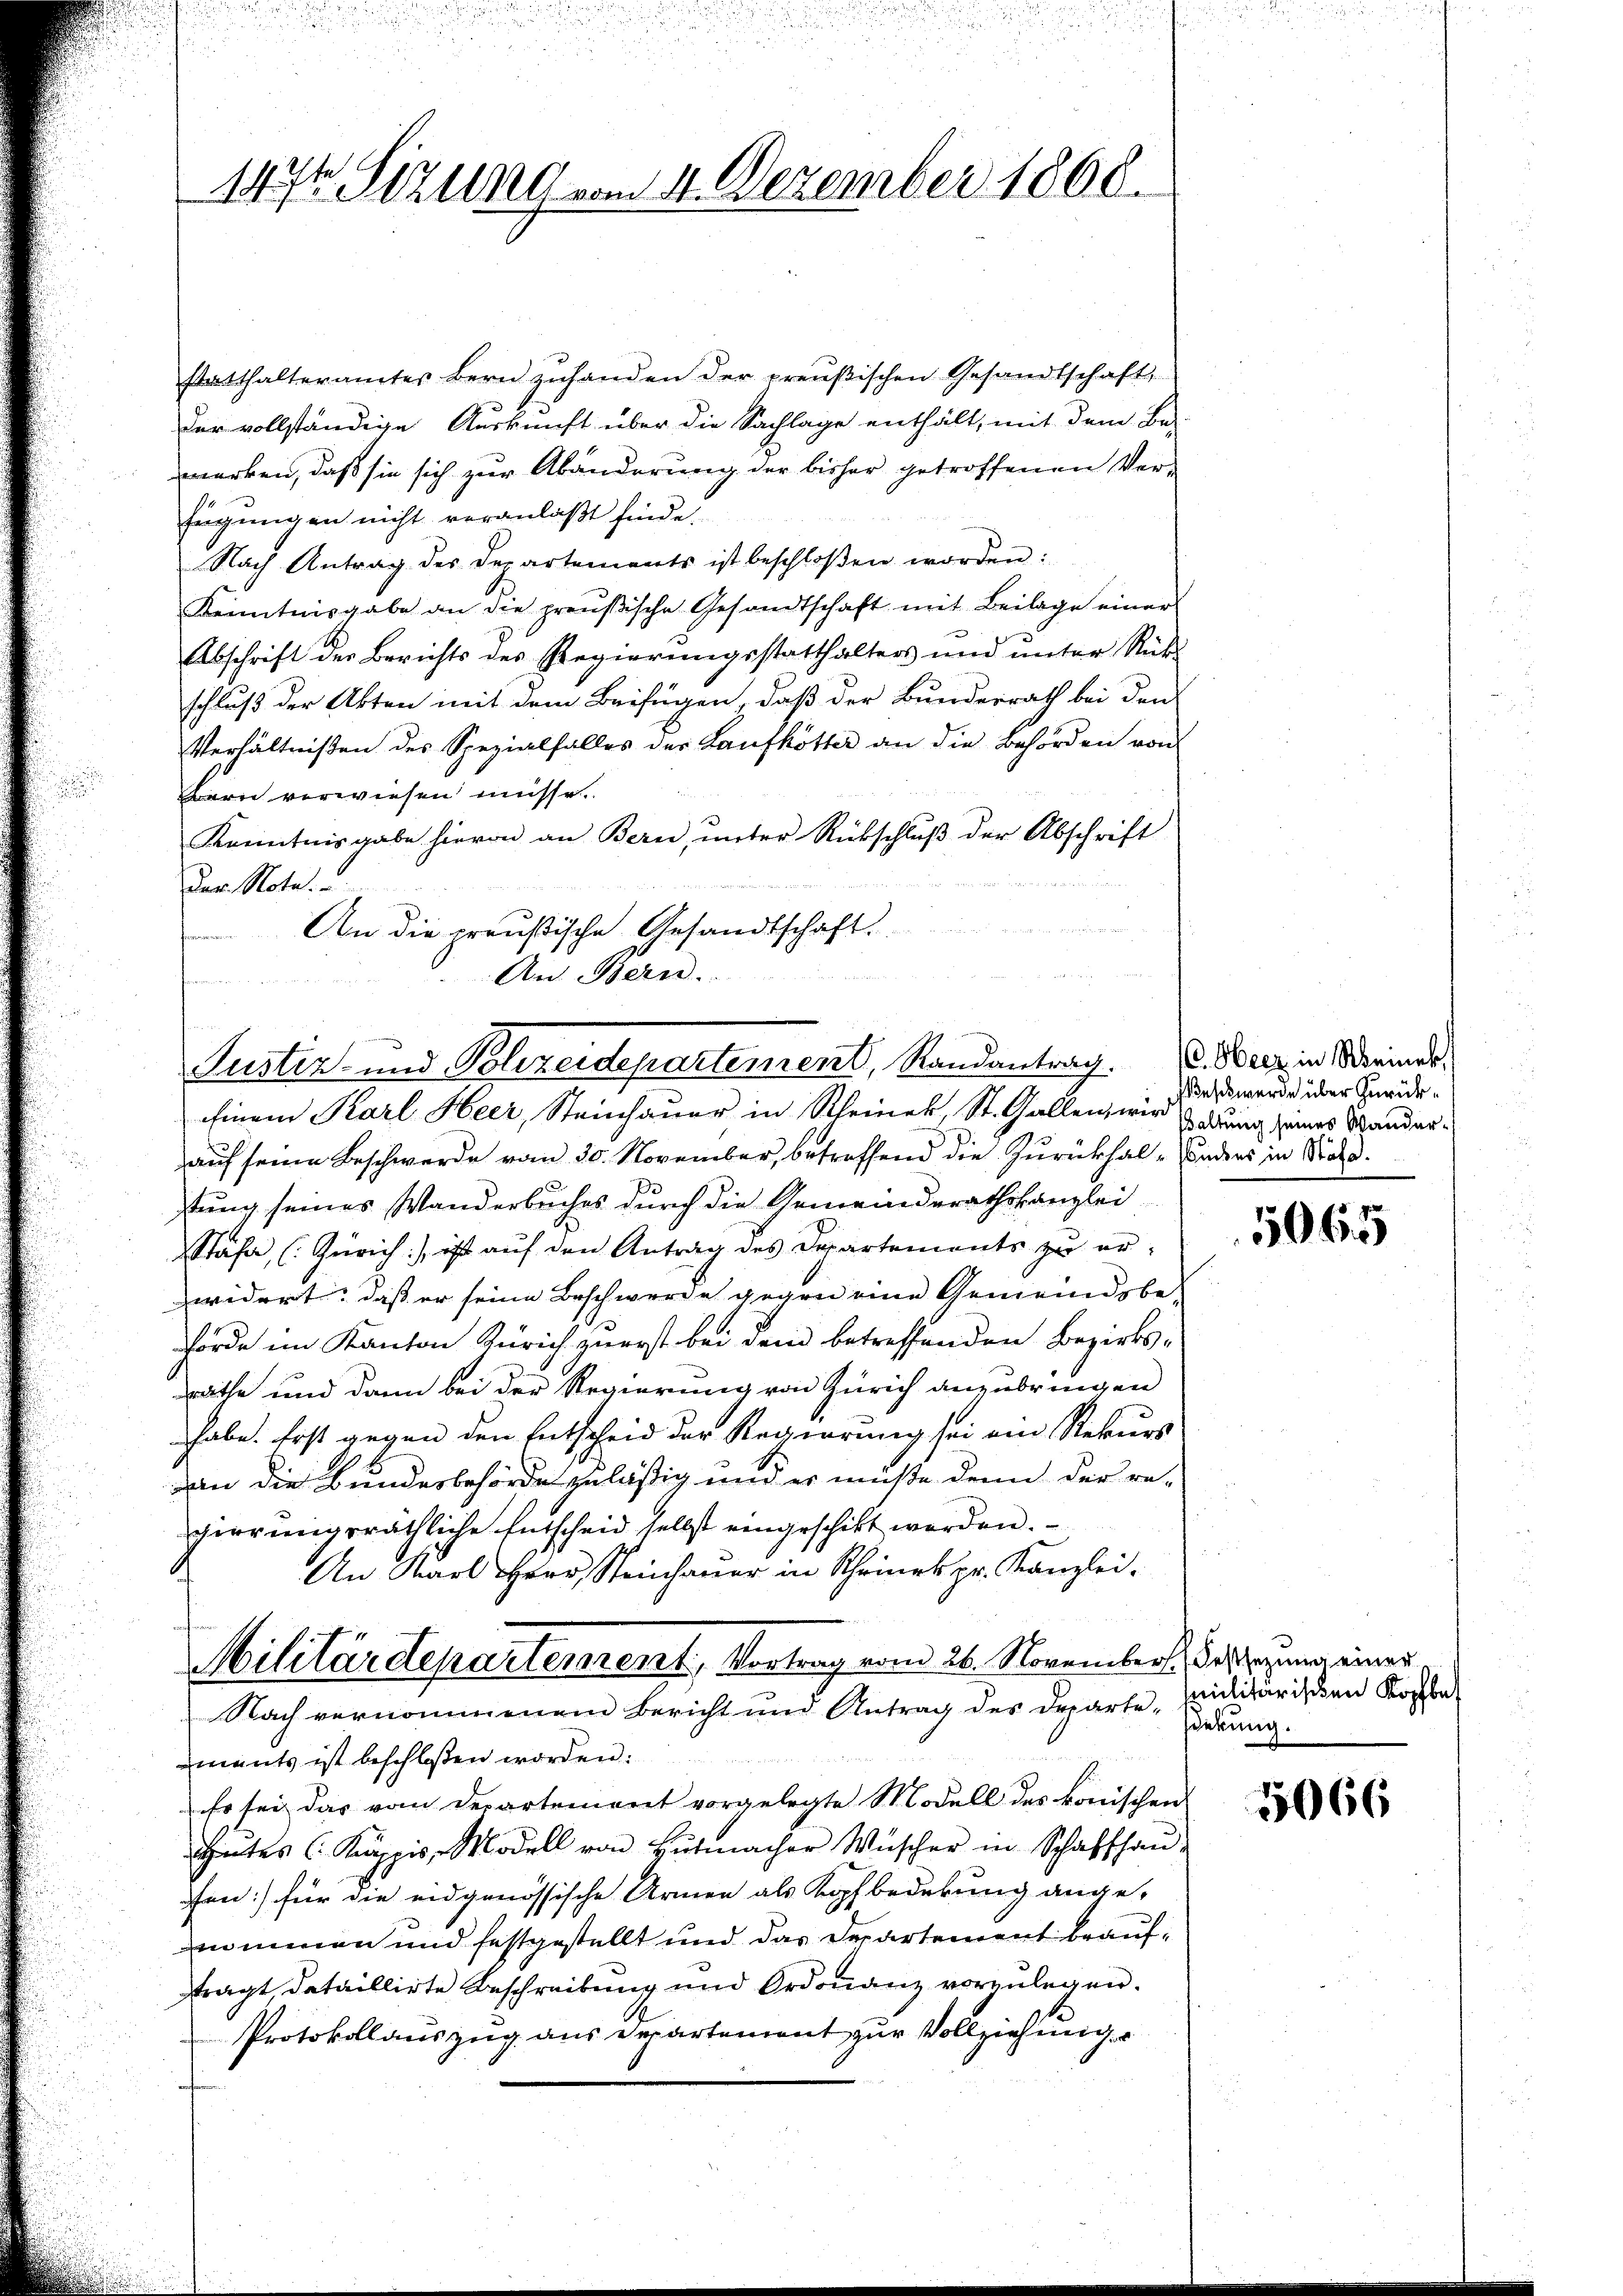
117ten Sizung vom 4. Dezember 1868.

statthalteramtes Bern zuhanden der preußischen Gesandtschaft,
Der vollständige Auskunft über die Sachlage enthält, mit dem Be-
werken, daß sie sich zur Abänderung der bisher getroffenen Ver-
Engungen nicht veranlaßt finde.
Nach Antrag des Departements ist beschloßen worden:
Kenntnisgabe an die preußische Gesandtschaft mit Beilage einer
Abschrift der Berichts des Regierungsstatthalters und unter Rück-
schluß der Akten mit dem Beifügen, daß der Bunderrath bei den
Verhältnißen des Spezialfalles der Laufkötter an die Behörden von
Bern verwiesen müsse.
Kenntnisgabe hievon an Bern, ŭnter Rückschlŭβ der Abschrift
Den Note.
u
An die preußische Gesandtschaft.
An Bern.
n
einem Karl Heer, Steinhauer in Rheiner St. Gallen, wir gedung seines Wander-
auf seine Beschwerde vom 30. November, betreffend die Zurückhal - sonders in Stat.
stung seines Wanderbuches durch die Gemeinderathskanzlei
Stäfa, (Zürich, ist auf den Antrag des Departements zu erwidert, dass er seine Beschwerde gegen eine Gemeindsbe-
hörde im Kanton Zürich zuerst bei dem betreffenden Bezirks-
räthe und dann bei der Regierung von Zürich anzubringen
habe. Erst gegen den Entscheid der Regierung sei ein Rekurs
von die Bundesbehörde zuläßig und er müße denn der re-
gierŭngsräthliche Entscheid selbst eingeschikt worden.
An Karl Herr Steinhauer in Scheines pr. Kanzlei.
Militärdeparterrent, Vortrag vom 26. November des una einer
Nach vernommenem Bericht und Antrag des Departe Eierung
ments ist beschloßen worden.
Es sei das vom Departement vorgelegte Modell des konischen
Gutes (Kuppis, Modell von Hutmacher Wüscher in Schaffhauen:) für die eidgenössische Armen als Kopfbedekung ange-
nommen und festgestellt und das Departement beaufftragt, dataillirte Beschreibung und Ordonanz vorzulegen.
Protokollauszug aus Departement zur Vollziehung

t

Justiz- und Polizeidepartement, Randantrag. Merz in Meine

Weschwerde über Zurück¬

5065

Militärischen Kopfbe

5066